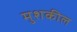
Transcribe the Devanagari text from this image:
मुशकील